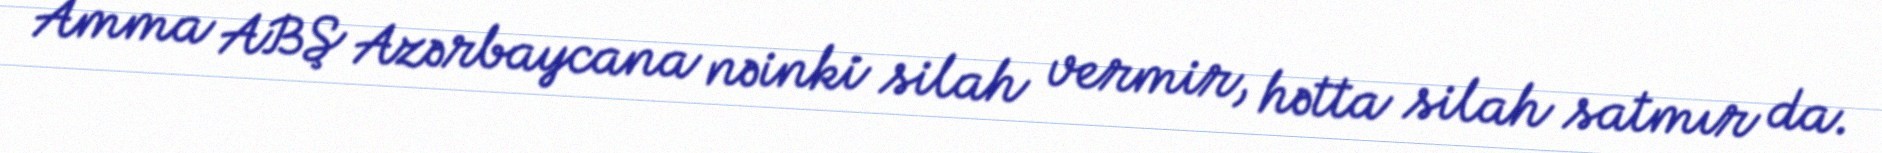
Amma ABŞ Azərbaycana nəinki silah vermir, hətta silah satmır da.